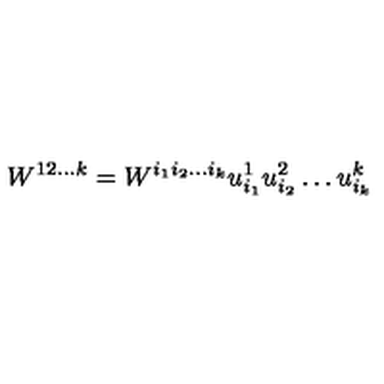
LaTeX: W ^ { 1 2 \ldots k } = W ^ { i _ { 1 } i _ { 2 } \ldots i _ { k } } u _ { i _ { 1 } } ^ { 1 } u _ { i _ { 2 } } ^ { 2 } \ldots u _ { i _ { k } } ^ { k }